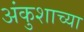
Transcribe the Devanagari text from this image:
अंकुशाच्या